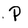
Character: P